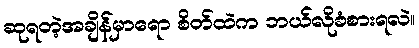
ဆုရတဲ့အချိန်မှာရော စိတ်ထဲက ဘယ်လိုခံစားရလဲ။